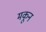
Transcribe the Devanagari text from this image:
मकून